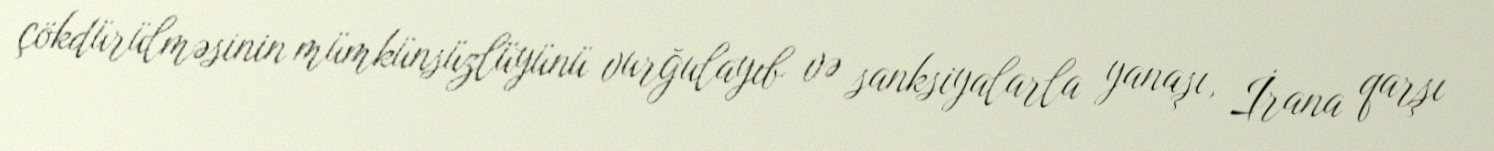
çökdürülməsinin mümkünsüzlüyünü vurğulayıb və sanksiyalarla yanaşı, İrana qarşı